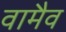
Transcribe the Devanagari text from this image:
वामैव